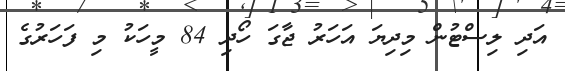
އަދި ލިސްޓުން މިދިޔަ އަހަރު ޖާގަ ހޯދި 84 މީހަކު މި ފަހަރުގެ